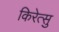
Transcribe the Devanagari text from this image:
किरेत्सु